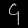
Digit: ၄